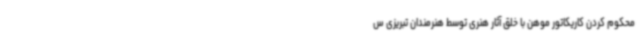
محکوم کردن کاریکاتور موهن با خلق آثار هنری توسط هنرمندان تبریزی س